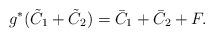
LaTeX: \begin{align*}g^{\ast}(\tilde{C}_1+\tilde{C}_2)=\bar{C}_1+\bar{C}_2+F.\end{align*}